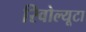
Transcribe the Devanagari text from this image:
रिवोल्यूटा